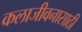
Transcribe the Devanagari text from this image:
कलाजीवनासाठी